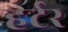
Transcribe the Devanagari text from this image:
हर्टर